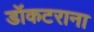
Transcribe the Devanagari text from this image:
डॉकटराना